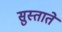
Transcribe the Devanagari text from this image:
सुस्ताते